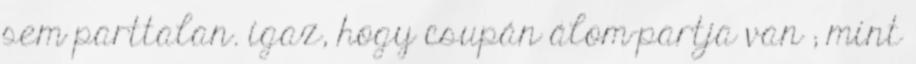
sem parttalan. igaz, hogy csupán álom-partja van ; mint